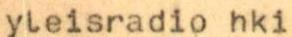
yleisradio hki